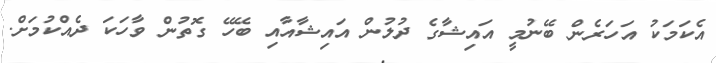
އެކަމަކު އަހަރެން ބޭނުމީ އައިޝާގެ ދުލުން އައިޝާއާއި ބޭހޭ ގޮތުން ވާހަކަ ދެއްކުމަށް.